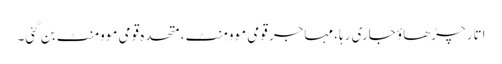
اتار چڑھاؤ جاری رہا، مہاجر قومی موومنٹ، متحدہ قومی موومنٹ بن گئی۔